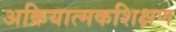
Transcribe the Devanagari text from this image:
अक्रियात्मकशिक्षण